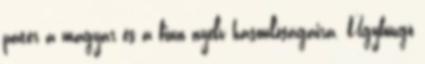
páter a magyar és a finn nyelv hasonlóságaira. Ügybuzgó